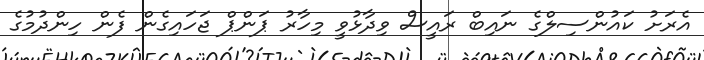
އެރަށު ކައުންސިލްގެ ނައިބް ރައީސް ވިދާޅުވީ މިހާރު ޕަންޕް ޖަހައިގެން ފެން ހިންދުމުގެ